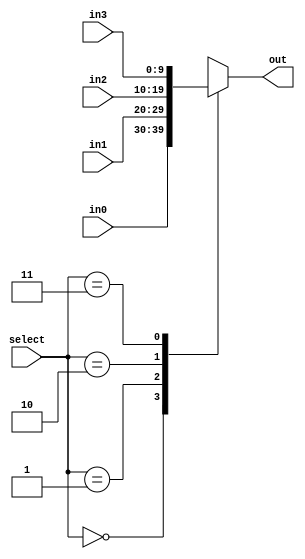

module mux_4x1 #(
    parameter WIDTH = 10
)(
    input [1:0] select,

    input [WIDTH-1:0] in0,
    input [WIDTH-1:0] in1,
    input [WIDTH-1:0] in2,
    input [WIDTH-1:0] in3,

    output [WIDTH-1:0] out
);
    reg [WIDTH-1:0] out_reg;

    always @(*) begin
        case (select)
            2'b00: out_reg = in0;
            2'b01: out_reg = in1;
            2'b10: out_reg = in2;
            2'b11: out_reg = in3;
        endcase
    end

    assign out = out_reg;

endmodule